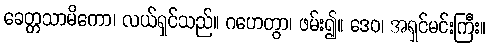
ခေတ္တသာမိကော၊ လယ်ရှင်သည်။ ဂဟေတွာ၊ ဖမ်း၍။ ဒေဝ၊ အရှင်မင်းကြီး။